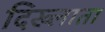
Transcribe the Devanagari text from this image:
दिख्लाता